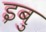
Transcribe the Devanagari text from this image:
इबु